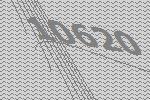
10620